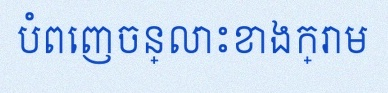
បំពេញចន្លោះខាងក្រោម